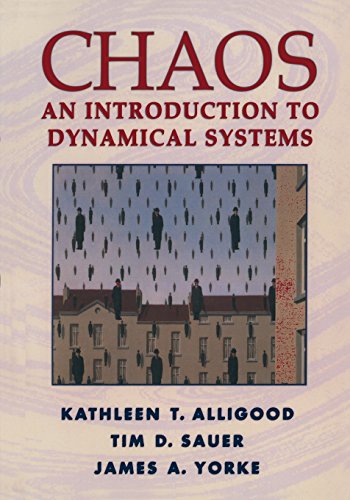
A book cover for Chaos: An Introduction to Dynamical Systems (Textbooks in Mathematical Sciences); Kathleen T. Alligood; Science & Math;